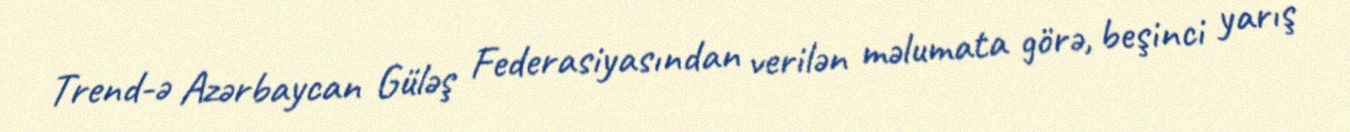
Trend-ə Azərbaycan Güləş Federasiyasından verilən məlumata görə, beşinci yarış